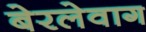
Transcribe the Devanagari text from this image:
बेरलेवाग